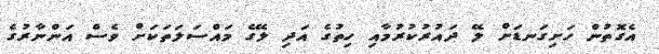
އެގޮތުން ހަށިގަނޑަށް ލޭ ދައުރުކުރުމާއި ހިތުގެ އަދި ލޭގެ މައްސަލަތަކަށް ވެސް އަންނާރުގެ